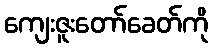
ကျေးဇူးတော်ခေတ်ကို